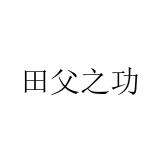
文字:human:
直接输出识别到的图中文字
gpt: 田父之功